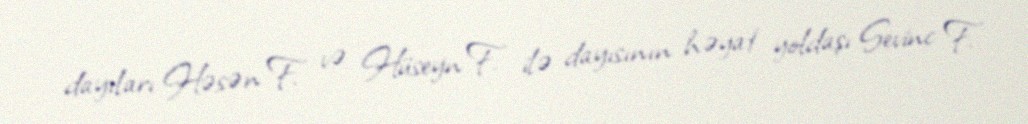
dayıları Həsən F. və Hüseyn F. ilə dayısının həyat yoldaşı Sevinc F.